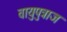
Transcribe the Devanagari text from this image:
वायुपुत्राज